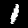
Label: 1